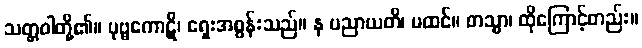
သတ္တဝါတို့၏။ ပုဗ္ဗကောဋိ၊ ရှေးအစွန်းသည်။ န ပညာယတိ၊ မထင်။ တသ္မာ၊ ထိုကြောင့်တည်း။